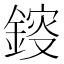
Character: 䤹